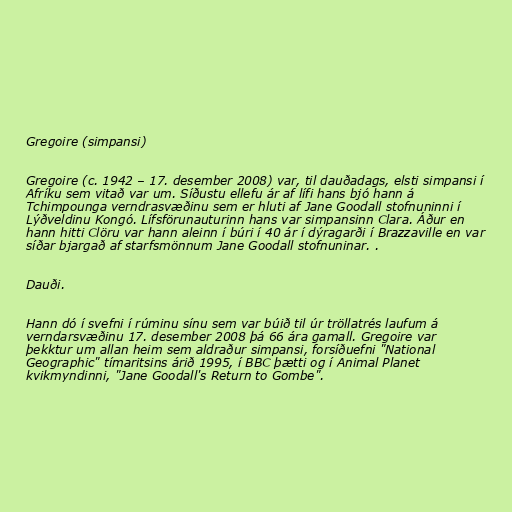
Gregoire (simpansi)

Gregoire (c. 1942 – 17. desember 2008) var, til dauðadags, elsti simpansi í
Afríku sem vitað var um. Síðustu ellefu ár af lífi hans bjó hann á
Tchimpounga verndrasvæðinu sem er hluti af Jane Goodall stofnuninni í
Lýðveldinu Kongó. Lífsförunauturinn hans var simpansinn Clara. Áður en
hann hitti Clöru var hann aleinn í búri í 40 ár í dýragarði í Brazzaville en var
síðar bjargað af starfsmönnum Jane Goodall stofnuninar. .

Dauði.

Hann dó í svefni í rúminu sínu sem var búið til úr tröllatrés laufum á
verndarsvæðinu 17. desember 2008 þá 66 ára gamall. Gregoire var
þekktur um allan heim sem aldraður simpansi, forsíðuefni "National
Geographic" tímaritsins árið 1995, í BBC þætti og í Animal Planet
kvikmyndinni, "Jane Goodall's Return to Gombe".